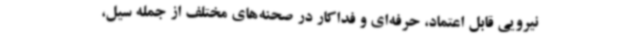
نیرویی قابل اعتماد، حرفه‌ای و فداکار در صحنه‌های مختلف از جمله سیل،